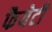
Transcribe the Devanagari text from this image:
फैयेटी